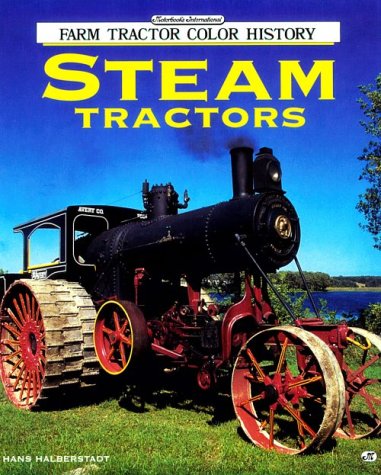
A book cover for Steam Tractors (Motorbooks International Farm Tractor Color History); Hans Halberstadt; Engineering & Transportation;